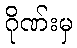
ဂိုဏ်းမှ